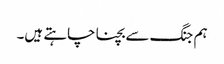
ہم جنگ سے بچنا چاہتے ہیں۔